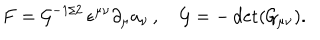
F = { \cal G } ^ { - 1 / 2 } \, \epsilon ^ { \mu \nu } \partial _ { \mu } a _ { \nu } \, , \quad { \cal G } = - \det ( { \cal G } _ { \mu \nu } ) .